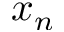
x _ { n }